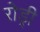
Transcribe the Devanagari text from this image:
रोड्री